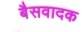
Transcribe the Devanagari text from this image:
बैसवादक